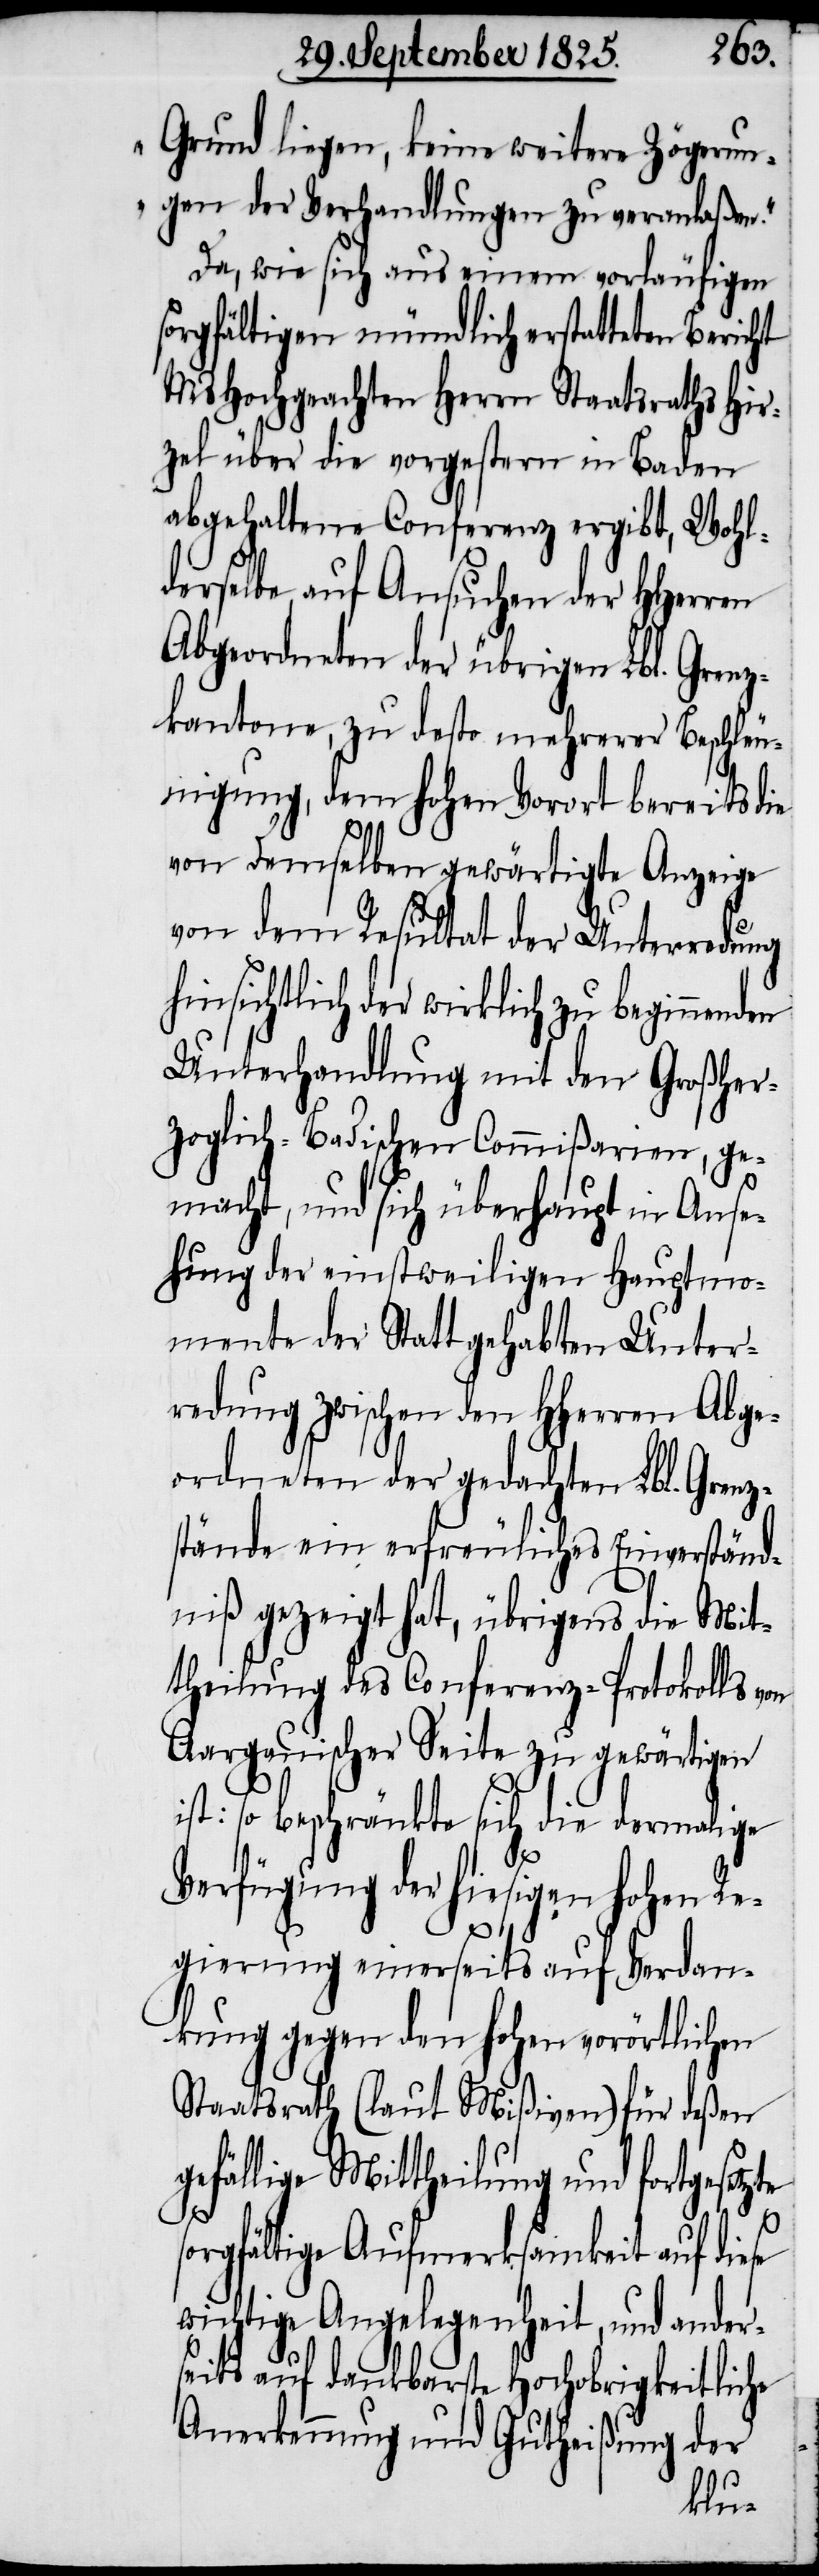
Grund liegen, keine weitere Zögerun¬
gen der Verhandlungen zu veranlaßen“.
Da, wie sich aus einem vorläufigen
sorgfältigen mündlich erstatteten Bericht
MsHochgeachten Herrn Staatsraths Hir¬
zel über die vorgestern in Baden
abgehaltene Conferenz ergibt, Wohl¬
derselbe, auf Ansuchen der HHerren
Abgeordneten der übrigen Lbl. Grenz¬
kantone, zu desto mehrerer Beschleu¬
nigung, dem hohen Vorort bereits die
von demselben gewärtigte Anzeige
von dem Resultat der Unterredung
hinsichtlich der wirklich zu beginnenden
Unterhandlung mit den Großher¬
zoglich-Badischen Commißarien, ge¬
macht, und sich überhaupt in Anse¬
hung der einstweilen Hauptmo¬
mente der Statt gehabten Unter¬
redung zwischen den HHerren Abge¬
ordneten der gedachten Lbl. Grenz¬
stände ein erfreuliches Einverständ¬
niß gezeigt hat, übrigens die Mit¬
theilung des Conferenz-Protokolls von
Aargauischer Seite zu gewärtigen
ist: so beschränkte sich die dermalige
Verfügung der hiesigen hohen Re¬
gierung einerseits auf Verdan¬
kung gegen den hohen vorörtlichen
Staatsrath (laut Mißiven) für deßen
gefällige Mittheilung und fortgesetz¬
te
sorgfältige Aufmerksamkeit auf diese
wichtige Angelegenheit, und ander¬
seits auf dankbarste Hochobrigkeitliche
Anerkennung und Gutheißung der